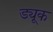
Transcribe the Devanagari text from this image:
ड्यू्क